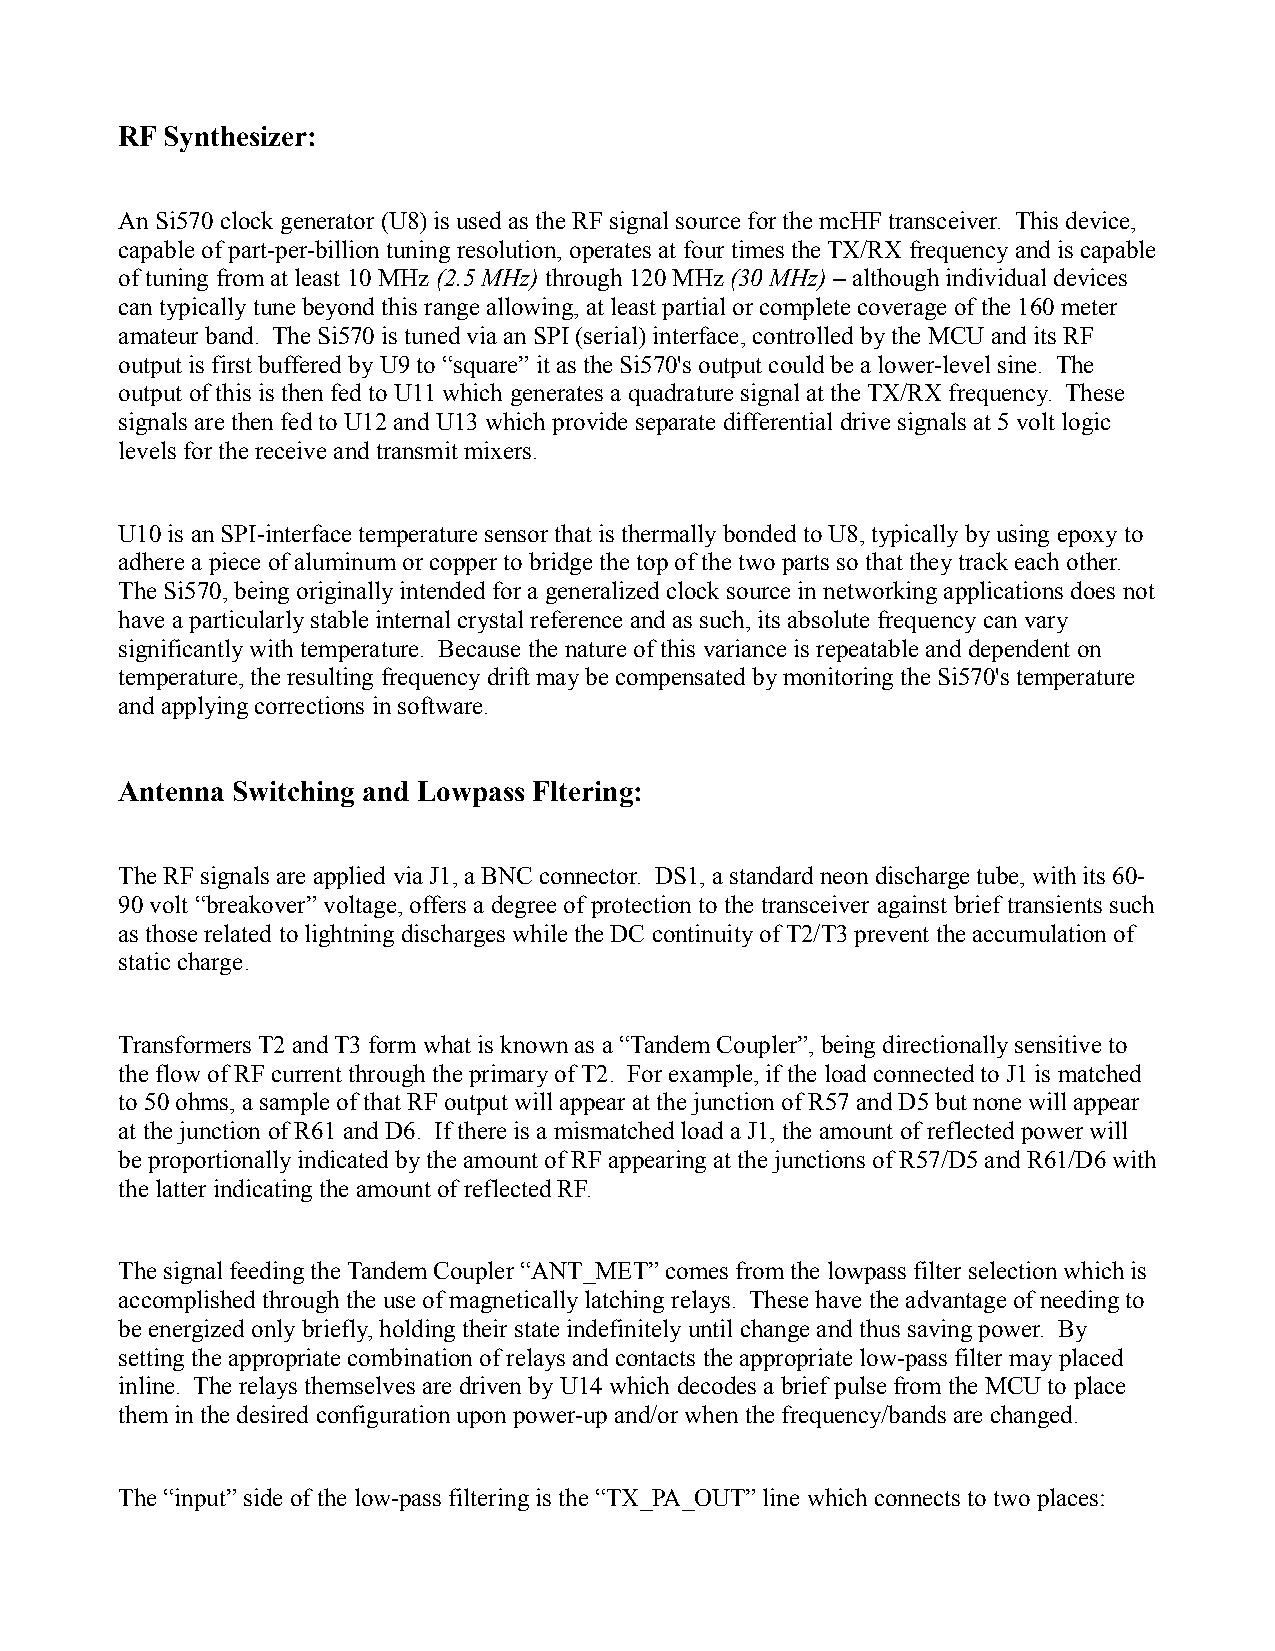
RF Synthesizer:
 An Si570 clock generator (U8) is used as the RF signal source for the mcHF transceiver. This device,
 capable of part-per-billion tuning resolution, operates at four times the TX/RX frequency and is capable
 of tuning from at least 10 MHz (2.5 MHz) through 120 MHz (30 MHz) – although individual devices
 can typically tune beyond this range allowing, at least partial or complete coverage of the 160 meter
 amateur band. The Si570 is tuned via an SPI (serial) interface, controlled by the MCU and its RF
 output is first buffered by U9 to “square” it as the Si570's output could be a lower-level sine. The
 output of this is then fed to U11 which generates a quadrature signal at the TX/RX frequency. These
 signals are then fed to U12 and U13 which provide separate differential drive signals at 5 volt logic
 levels for the receive and transmit mixers.
 U10 is an SPI-interface temperature sensor that is thermally bonded to U8, typically by using epoxy to
 adhere a piece of aluminum or copper to bridge the top of the two parts so that they track each other.
 The Si570, being originally intended for a generalized clock source in networking applications does not
 have a particularly stable internal crystal reference and as such, its absolute frequency can vary
 significantly with temperature. Because the nature of this variance is repeatable and dependent on
 temperature, the resulting frequency drift may be compensated by monitoring the Si570's temperature
 and applying corrections in software.
 Antenna Switching and Lowpass Fltering:
 The RF signals are applied via J1, a BNC connector. DS1, a standard neon discharge tube, with its 60-
 90 volt “breakover” voltage, offers a degree of protection to the transceiver against brief transients such
 as those related to lightning discharges while the DC continuity of T2/T3 prevent the accumulation of
 static charge.
 Transformers T2 and T3 form what is known as a “Tandem Coupler”, being directionally sensitive to
 the flow of RF current through the primary of T2. For example, if the load connected to J1 is matched
 to 50 ohms, a sample of that RF output will appear at the junction of R57 and D5 but none will appear
 at the junction of R61 and D6. If there is a mismatched load a J1, the amount of reflected power will
 be proportionally indicated by the amount of RF appearing at the junctions of R57/D5 and R61/D6 with
 the latter indicating the amount of reflected RF.
 The signal feeding the Tandem Coupler “ANT_MET” comes from the lowpass filter selection which is
 accomplished through the use of magnetically latching relays. These have the advantage of needing to
 be energized only briefly, holding their state indefinitely until change and thus saving power. By
 setting the appropriate combination of relays and contacts the appropriate low-pass filter may placed
 inline. The relays themselves are driven by U14 which decodes a brief pulse from the MCU to place
 them in the desired configuration upon power-up and/or when the frequency/bands are changed.
 The “input” side of the low-pass filtering is the “TX_PA_OUT” line which connects to two places: